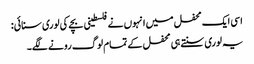
اسی ایک محفل میں انہوں نے فلسطینی بچے کی لوری سنائی:
یہ لوری سنتے ہی محفل کے تمام لوگ رونے لگے۔